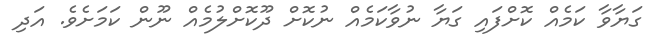
ގަޔާވާ ކަމެއް ކޮށްފައި ގަޔާ ނުވާކަމެއް ނުކޮށް ދޫކޮށްލުމެއް ނޫން ކަމަށެވެ. އަދި